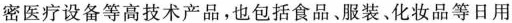
密医疗设备等高技术产品，也包括食品、服装、化妆品等日用